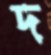
দ